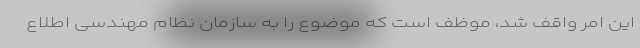
این امر واقف شد، موظف است که موضوع را به سازمان نظام مهندسی اطلاع